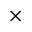
\times